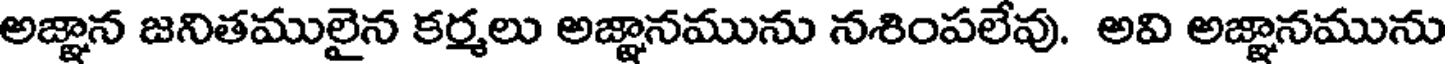
అజ్ఞాన జనితములైన కర్మలు అజ్ఞానమును నశింపలేవు. అవి అజ్ఞానమును